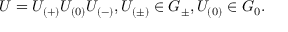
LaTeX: U = U _ { ( + ) } U _ { ( 0 ) } U _ { ( - ) } , U _ { ( \pm ) } \in G _ { \pm } , U _ { ( 0 ) } \in G _ { 0 } .